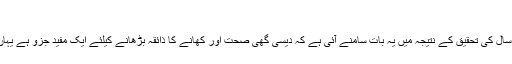
اندرسے یا امرسے
روایتی یونانی طبی اور جدید سائنس کی ہزاروں سال کی تحقیق کے نتیجہ میں یہ بات سامنے آئی ہے کہ دیسی گھی صحت اور کھانے کا ذائقہ بڑھانے کیلئے ایک مفید جزو ہے یہاں پردیسی گھی کے چند فوائد بیان کئے گئے ہیں۔